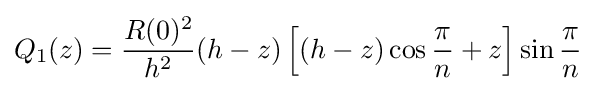
Q_{1}(z)={\frac {R(0)^{2}}{h^{2}}}(h-z)\left[(h-z)\cos {\frac {\pi }{n}}+z\right]\sin {\frac {\pi }{n}}